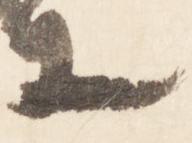
上